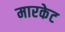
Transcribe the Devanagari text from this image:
मारकेट